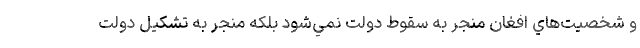
و شخصيت‌هاي افغان منجر به سقوط دولت نمي‌شود بلكه منجر به تشكيل دولت